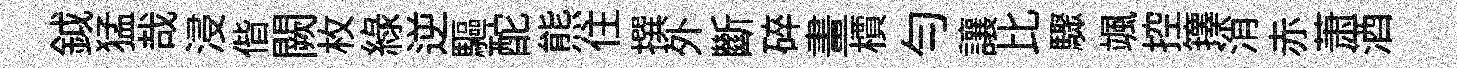
鉞猛哉浸偕闕枚綠逆驅酡熊住撰外斷碎畫檟勻讓比驟颯控籜消赤萧酒